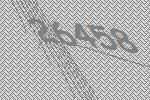
26458